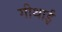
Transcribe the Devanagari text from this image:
गीथाई